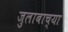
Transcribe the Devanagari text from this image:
जुलाबाच्या